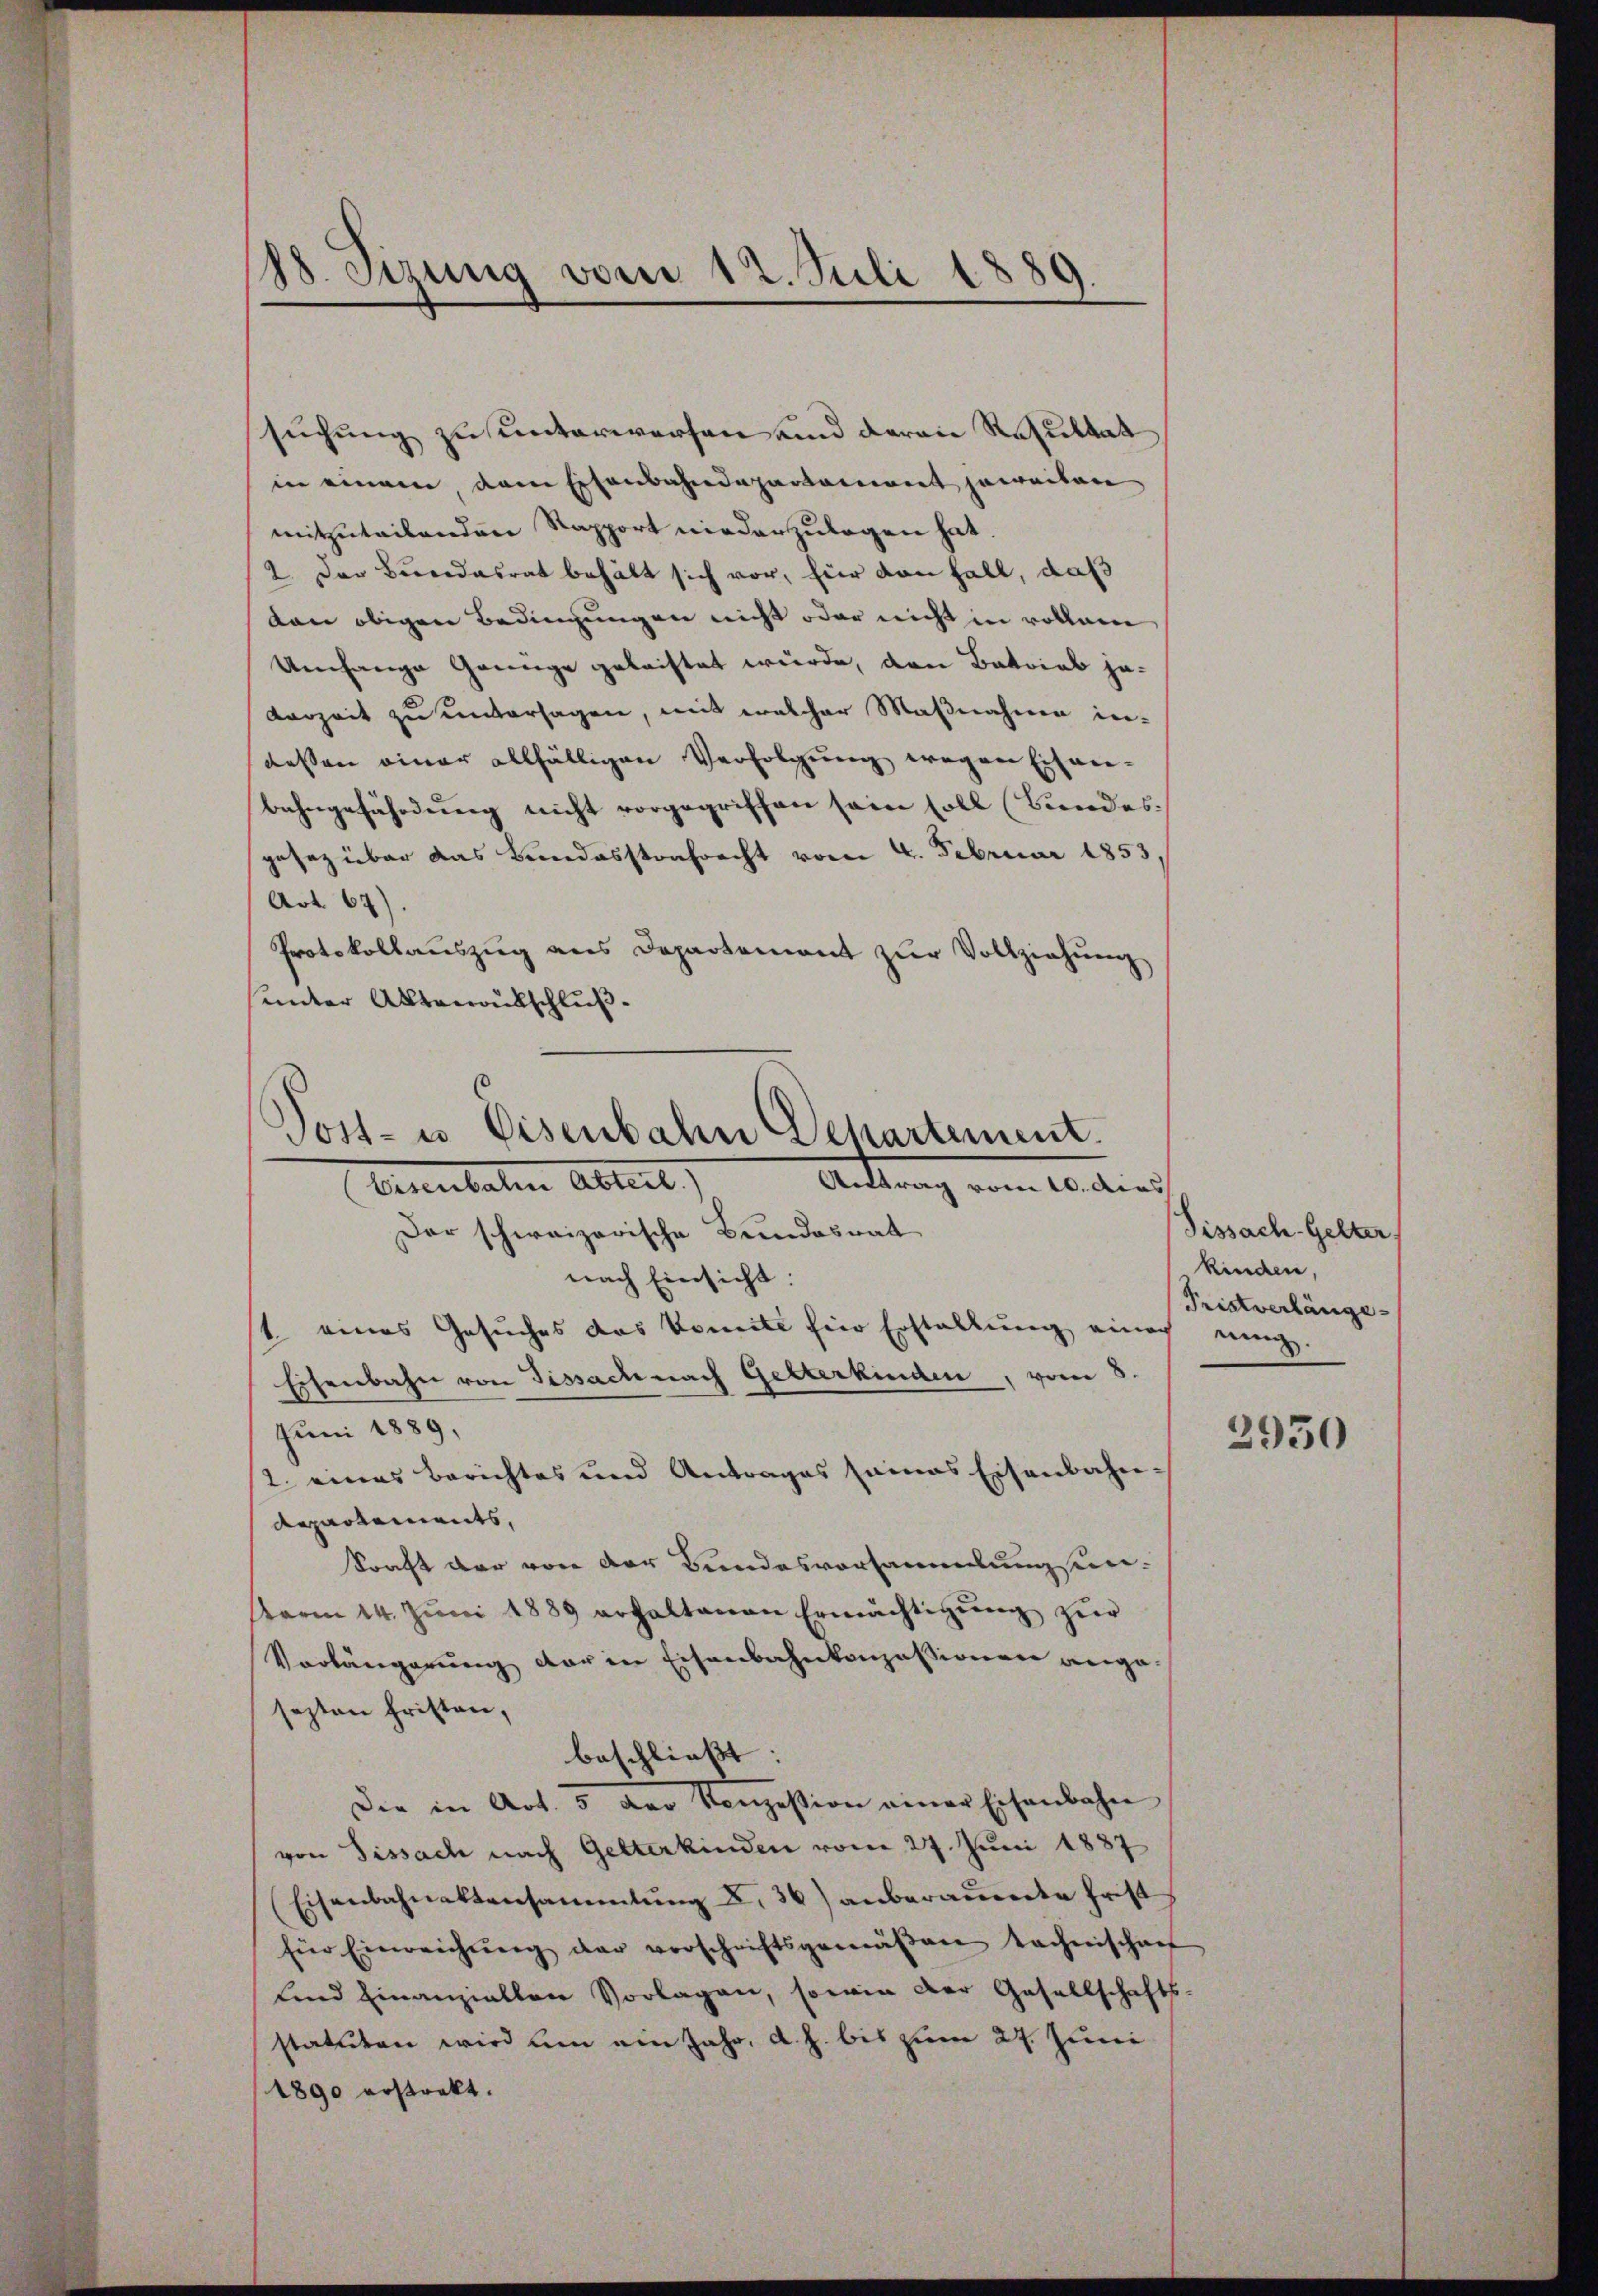
88. Sizung vom 12. Juli 1889.
—

suchung zu unterwerfen und daran Resultat
in einem dem Eisenbahndepartement jeweiten
mitzuteilenden Rapport niederzulegen hat.
2. Der Bundesrat behält sich vor, für den Fall, daß
tan obigen Bedingungen nicht oder nicht in vollari
Umfange Grünge geleistet würde, den Betrieb jederzeit zu untersagen, mit welcher Maßnahme in-
dessen einer allfälligen Verfolgung wegen Eisen-
bahngefährdung nicht vorgegriffen sein soll (Bundes.
gesez über das Bundesstrafrecht vom 4. Februar 1853,
Art. 67).
Protokollauszug aus Departement zur Vollziehung,
sinter Aktenantschluß.

Vost- u Eisenbahn Departement.
Antrag vom 10. dies
Eernenbaten Abteil)

Der schweizerische Bundesrat
nach Einsicht:
1. eines Gesuches das Komite für Erstellung einach eing.
Eisenbahn von Tissach nach Gelterkinden, vom 8
Juni 1889,
2. eines Berichtes und Antrages seines Eisenbahn¬
Repartements,
kraft der von der Bundesvorsammlungen-
Perm 14. Juni 1889 erhaltenen Ermächtigung zur
Vorlängerung der in Eisenbahnkonzessionen wege
sezten Fristen,
beschließt: |
Die in Art. 5 der Konzession einer Eisenbahn
von Fissach nach Gelterkinden vom 27. Juni 1887
Eisenbahnaktensammlung u. 36) anberaumte Frist
für Einreichŭng der vorschriftsgemäβen technischaf
und einanziellen Vorlagen, sowie der Gesellschafts-
statuten wird um ein Jahr, a. h. bis zum 27. Juni
1890 erstrakt.

Fissach-Gelter
kinden,
Tristverlänge-

2950